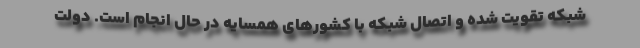
شبکه تقویت شده و اتصال شبکه با کشورهای همسایه در حال انجام است. دولت